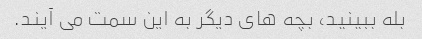
بله ببینید، بچه های دیگر به این سمت می آیند.